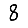
Digit: 8